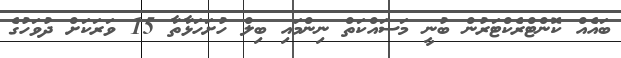
ބައެއް ކޮންޓްރެކްޓަރުން ބުނީ މަސައްކަތް ނިންމައި ބިލް ހުށަހަޅާތާ 15 ވަރަކަށް ދުވަހުގެ